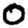
Digit: 0